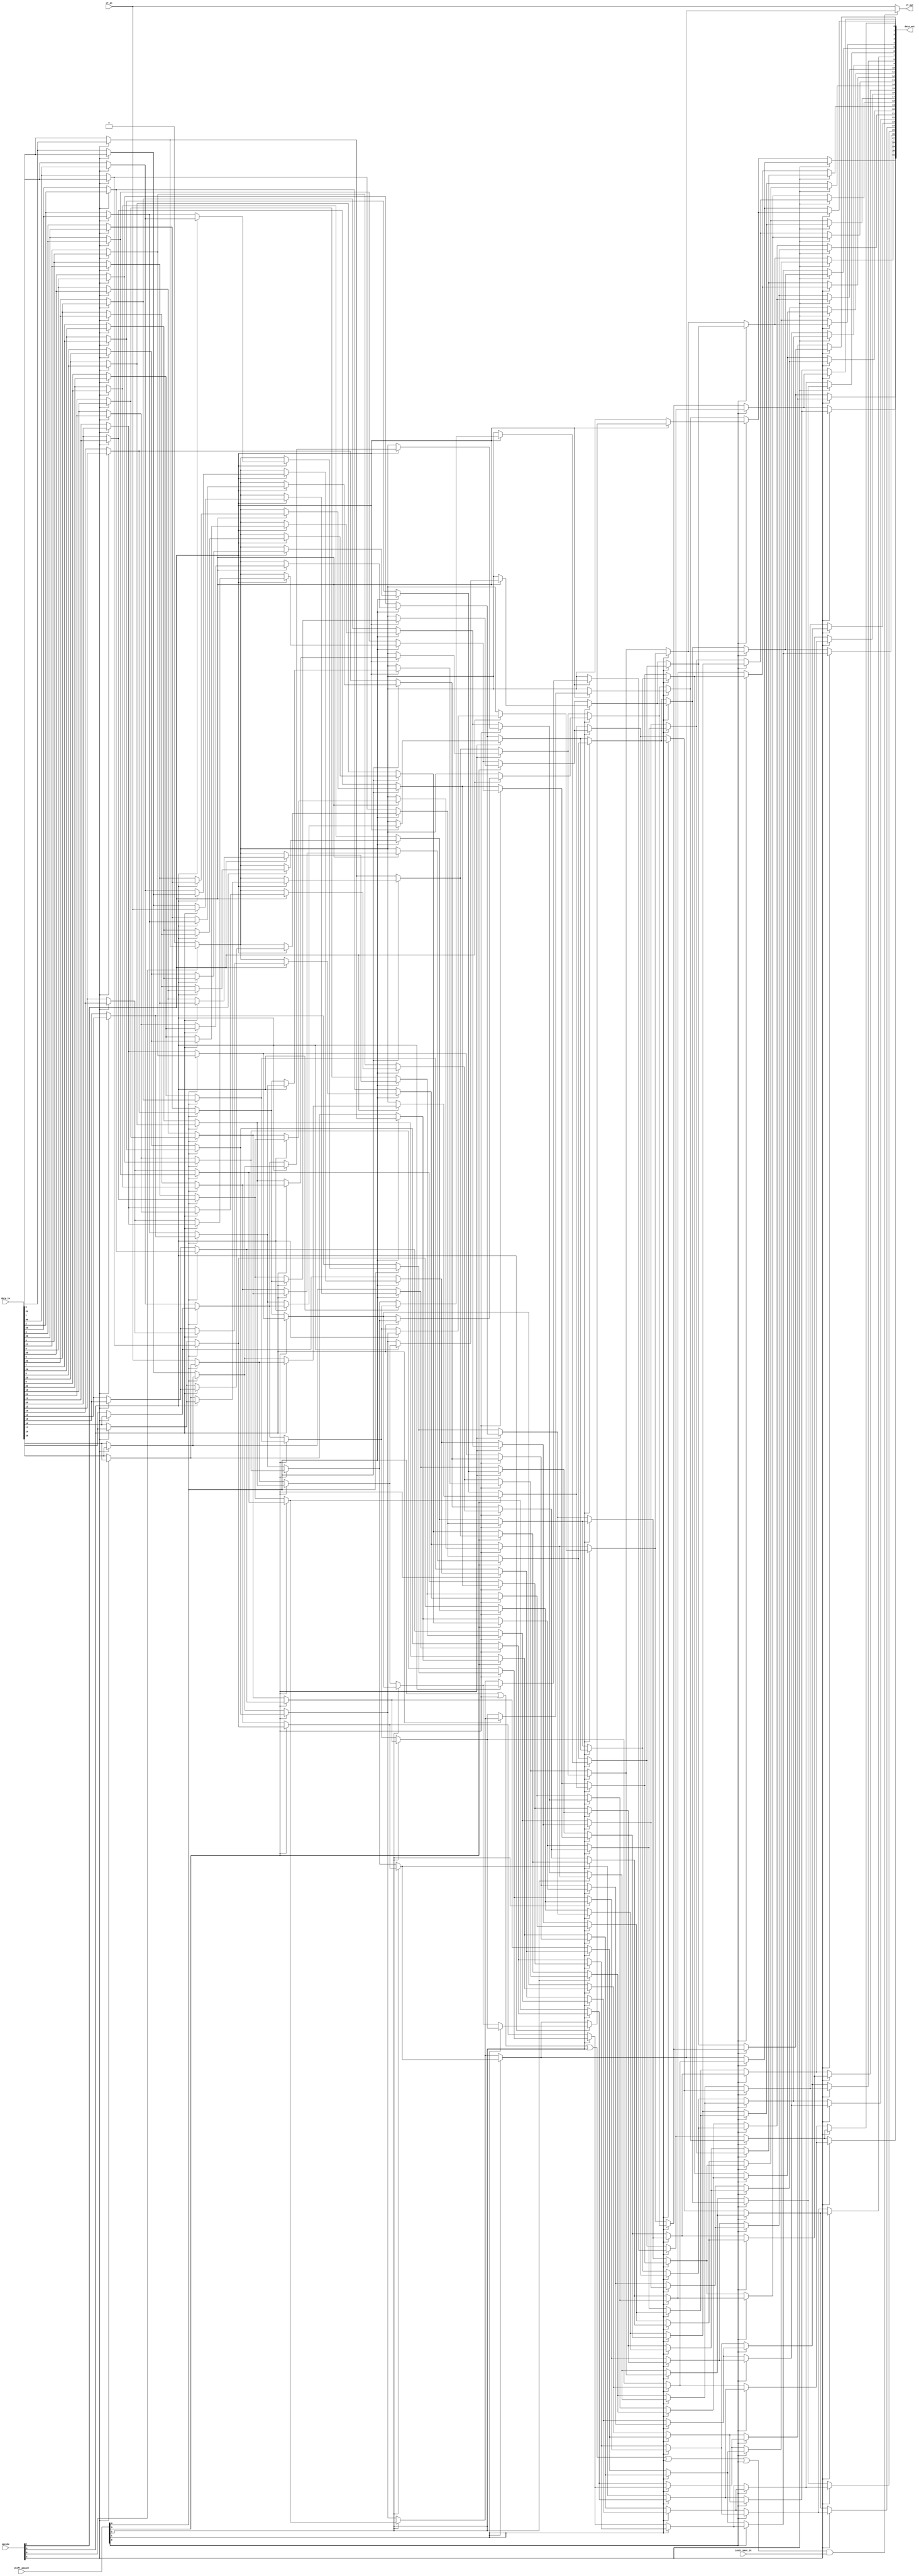
module barrel_shifter(
    input [31:0] data_in,
    input [4:0] shift_amount,
    input [3:0] opcode,
	 input cf_in,
	 input instr_exec_in,
	 output cf_out,
    output [31:0] data_out
    ); 

/*LSL = 0100
LSR = 0000
ASR = 0001
RRX = 1010
ROR = 0010
*/


wire [31:0] data_buff;
wire [31:0] data_out_buff;
wire [31:0] stage_1;
wire [31:0] stage_2;
wire [31:0] stage_3;
wire [31:0] stage_4;
wire [31:0] stage_5;
wire [15:0] stage_partial_1;
wire [15:0] data_buff_cf;
wire [7:0] stage_partial_2;
wire [7:0] stage_1_cf;
wire [3:0] stage_partial_3;
wire [3:0] stage_2_cf;
wire [1:0] stage_partial_4;
wire [1:0] stage_3_cf;
wire  stage_partial_5;
wire stage_4_cf;
wire arith_buff;
wire cf_buff;
wire rrx_cf_bit_stage_2;
wire rrx_cf_bit_stage_3;
wire rrx_cf_bit_stage_4;
wire rrx_cf_bit_stage_5;

assign cf_buff = (shift_amount[4] | shift_amount[3] | shift_amount[2] | shift_amount[1] | shift_amount[0]) & instr_exec_in;
assign cf_out = cf_buff ? stage_4[0] : cf_in;//(stage_4[0] & (shift_amount[4] | shift_amount[3] | shift_amount[2] | shift_amount[1] | shift_amount[0]));

assign arith_buff = opcode[0] ? data_buff[31] : 1'b0;
//////////////////////////////////////////////////////////////////////////////////////
//assign data_out_buff[31] = opcode[0] ? data_buff[31] : stage_5[31];
genvar a;
generate
for(a=0;a<=31;a=a+1)
begin : inst13
	assign data_out_buff[a] = stage_5[a];
end
endgenerate
//////////////////////////////////////////////////////////////////////////////////////
genvar b;
generate
for(b=0;b<=31;b=b+1)
begin : inst1
	assign data_buff[b] = opcode[2] ? data_in[31-b] : data_in[b];
	assign data_out[b] = opcode[2] ? data_out_buff[31-b] : data_out_buff[b];
end
endgenerate	
//////////////////////////////////////////////////////////////////////////////////////
//stage_1 : STARTS
assign data_buff_cf[0] = opcode[3] ? cf_in : data_buff[0];
genvar m;
generate
for (m=1;m<=15;m=m+1)
begin : inst14
	assign data_buff_cf[m] = opcode[3] ? data_buff[m-1] : data_buff[m];
end
endgenerate
genvar c;
generate
for(c=0;c<=15;c=c+1)
begin : inst3
	assign stage_partial_1[c] = opcode[1] ? data_buff_cf[c] : arith_buff;
	assign stage_1[c] = shift_amount[4] ? data_buff[c+16] : data_buff[c];
	assign stage_1[c+16] = shift_amount[4] ? stage_partial_1[c] : data_buff[c+16];
end
endgenerate//stage_1 : ENDS
//////////////////////////////////////////////////////////////////////////////////////
//stage_2 : STARTS

assign rrx_cf_bit_stage_2 = shift_amount[4] ? data_buff[15] : cf_in;
assign stage_1_cf[0] = opcode[3] ?  rrx_cf_bit_stage_2 : stage_1[0];
genvar n;
generate
for (n=1;n<=7;n=n+1)
begin : inst15
	assign stage_1_cf[n] = opcode[3] ? stage_1[n-1] : stage_1[n];
end
endgenerate
genvar e;
generate
for(e=0;e<=7;e=e+1)
begin : inst5
	assign stage_partial_2[e] = opcode[1] ? stage_1_cf[e] : arith_buff; 
	assign stage_2[e+24] = shift_amount[3] ? stage_partial_2[e] : stage_1[e+24];
end
endgenerate
genvar f;
generate
for(f=0;f<=23;f=f+1)
begin : inst6
	assign stage_2[f] = shift_amount[3] ? stage_1[f+8] : stage_1[f];
end
endgenerate//stage_2 : ENDS
//////////////////////////////////////////////////////////////////////////////////////
//stage_3 : STARTS
//assign stage_2_cf[0] = opcode[3] ? (shift_amount[3] ? stage_2[7] : cf_in ) : stage_2[0];
assign rrx_cf_bit_stage_3 = shift_amount[3] ? stage_1[7] : rrx_cf_bit_stage_2;
assign stage_2_cf[0] = opcode[3] ? rrx_cf_bit_stage_3 : stage_2[0];
genvar o;
generate
for (o=1;o<=3;o=o+1)
begin : inst16
	assign stage_2_cf[o] = opcode[3] ? stage_2[o-1] : stage_2[o];
end
endgenerate

genvar h;
generate
for(h=0;h<=3;h=h+1)
begin : inst8
	assign stage_partial_3[h] = opcode[1] ? stage_2_cf[h] : arith_buff;
	assign stage_3[h+28] = shift_amount[2] ? stage_partial_3[h] : stage_2[h+28];
end
endgenerate
genvar i;
generate
for(i=0;i<=27;i=i+1)
begin : inst9
	assign stage_3[i] = shift_amount[2] ? stage_2[i+4] : stage_2[i];
end
endgenerate//stage_3 : ENDS
//////////////////////////////////////////////////////////////////////////////////////
//stage_4 : STARTS
//assign stage_3_cf[0] = opcode[3] ? (shift_amount[2] ? stage_3[3] : cf_in ): stage_3[0];
assign rrx_cf_bit_stage_4 = shift_amount[2] ? stage_2[3] : rrx_cf_bit_stage_3;
assign stage_3_cf[0] = opcode[3] ? rrx_cf_bit_stage_4 : stage_3[0];
assign stage_3_cf[1] = opcode[3] ? stage_3[0] : stage_3[1];
genvar j;
generate
for(j=0;j<=1;j=j+1)
begin : inst10
	assign stage_partial_4[j] = opcode[1] ? stage_3_cf[j] : arith_buff;
	assign stage_4[j+30] = shift_amount[1] ? stage_partial_4[j] : stage_3[j+30];
end
endgenerate
genvar k;
generate
for(k=0;k<=29;k=k+1)
begin : inst11
	assign stage_4[k] = shift_amount[1] ?  stage_3[k+2] : stage_3[k];
end
endgenerate//stage_4 : ENDS
//////////////////////////////////////////////////////////////////////////////////////
//stage_5 : STARTS
//assign stage_4_cf[0] = opcode[3]?  (shift_amount[1] ? stage_4[1] : cf_in ) : stage_4[0];
assign rrx_cf_bit_stage_5 = shift_amount[1] ? stage_3[1] : rrx_cf_bit_stage_4;
assign stage_4_cf = opcode[3]?  rrx_cf_bit_stage_5 : stage_4[0];
assign stage_partial_5 = opcode[1] ? stage_4_cf : arith_buff;
assign stage_5[31] = shift_amount[0] ? stage_partial_5 : stage_4[31];

genvar l;
generate
for(l=0;l<=30;l=l+1)
begin : inst12
	assign stage_5[l] = shift_amount[0] ? stage_4[l+1] : stage_4[l];
end
endgenerate//stage_5 : ENDS
//////////////////////////////////////////////////////////////////////////////////////
endmodule